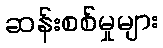
ဆန်းစစ်မှုများ